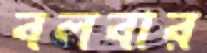
বলবার